Vital statistics of India. Vol. V, Reports of 1876 on armies & jails and on epidemic cholera
Year: 1876
Disease focus: Cholera
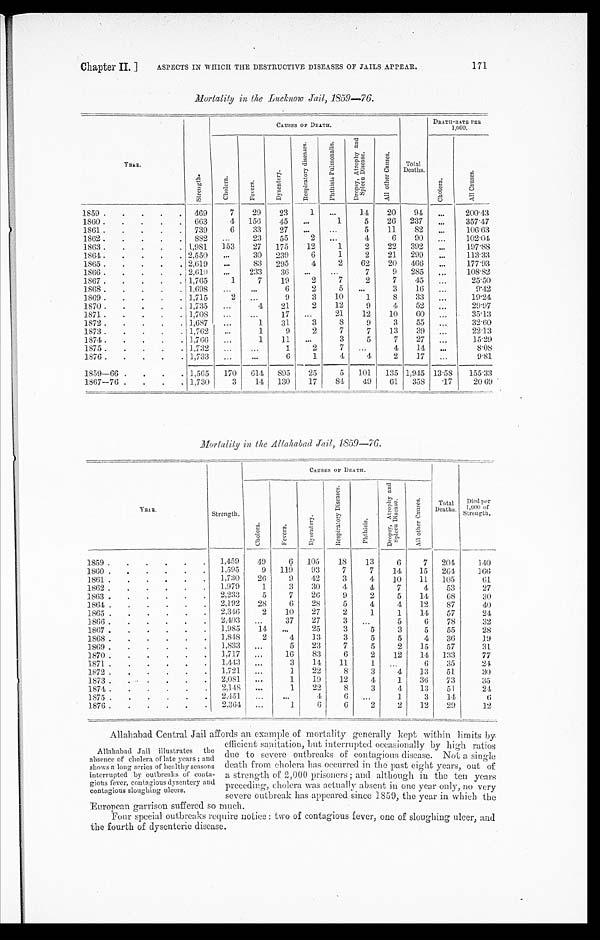
Chapter II. ]
ASPECTS IN WHICH THE DESTRUCTIVE DISEASES OF JAILS APPEAR.
171
Mortality in the Lucknow Jail, 1859—76.
YEAR.
CAUSES OF DEATH.
Total
Deaths.
DEATH-RATE PER
1,000.
Stren
gth.
Ch o l e r a .
Fever s.
Dy s e n t e r y .
R e s p i r a t o r y D i s e a s e s .
P h t h i s i s P u l m o n a l i s .
D r o p s y , A t r o p h y a n d S p l e e n D i s e a s e .
Al l o t h e r Ca u s e s .
C h o l e r a .
Al l causes.
1859.
.
.
.
.
.
469
7
29
23
1 ...
14
20
9 4
...
200.43
1860 .
.
.
.
.
663
4
156
45
...
1
5
26
237
...
357.47
1861 .
.
.
.
.
739
6
33
27
...
...
5
11
82
...
106.63
1862 .
.
.
.
.
882
...
23
55
2
...
4
6
90
...
102.04
1863 .
.
.
.
. 1,981
153
27
175
12
1
2
22
392
...
197.88
1864 .
.
.
.
. 2,550
...
30
239
6
1
2
21
299
...
113.33
1865.
.
.
.
. 2,619
...
83
295
4
2
62
20
466
...
177.93
1866 .
.
.
.
. 2,619
...
233
36
...
...
7
9
285
...
108.82
1867 .
.
.
.
. 1,765
1
7
19
2
7
2
7
45
...
25.50
1868 .
.
.
.
. 1,698
...
...
6
2
5
...
3
16
...
9.42
1869 .
.
.
.
. 1,715
2
...
9
3
10
1
8
3 3
...
19.24
1870.
.
.
.
. 1,735
...
4
21
2
12
9
4
52
...
29.97
1871 .
.
.
.
. 1,708
...
...
17
...
21
12
10
6 0
...
35.13
1872 .
.
.
.
. 1,687
, ..
1
31
3
8
9
3
55
...
32.60
1873.
.
.
.
. 1,762
...
1
9
2
7
7
13
39
...
22.13
1874.
.
.
.
. 1,766
...
1
11
...
3
5
7
27
...
15.29
1875 .
.
.
.
. 1,732
...
...
1
2
7
...
4
14
...
8.08
1876 .
.
.
.
. 1,733
...
...
6
1
4
4
2
17
...
9.81
1859-66 .
.
.
. 1,565
170
614 895
25
5
101
135 1,945 13.58
155.33
1867-76 .
.
.
. 1,730
3
14
130
17
84
49
61
358
. 1 7
20.69
M o r l a l i t y i n t h A l l a h a b a d J a i l , 1 8 5 9 — 7 6 .
YEAR.
CAUSES OF DEATH.
Died per
1,000 of Strength
Strength.
Chol er a.
Fever s.
Dy s e n t e r y .
R e s p i r a t o r y D i s e a s e s .
P h t h i s i s .
D r o p s y , A t r o p h y a n d S p l e e n D i s e a s e .
A l l o t h e r C a u s e s .
Total
Deaths..
1859 .
.
.
.
.
.
1,459
49
6
105
1 8
13
6
7
204
140
1860 .
.
.
.
.
.
1,595
9
119
93
7
7
14
15
264
1 6 6
1861 .
.
.
.
.
.
1,730
26
9
42
3
4
10
11
105
61
1862 .
.
.
.
.
.
1,979
1
3
30
4
4
7
4
53
27
1863 .
.
.
.
.
.
2,233
5
7
26
9
2
5
14
68
30
1864 .
. .
.
.
.
2,192
28
6
28
5
4
4
12
87
40
1865 .
.
.
.
.
.
2,346
2
10
27
2
1
1
14
57
24
1866 .
. .
.
.
.
2 , 4 0 3 ...
37
27
3
...
5
6
78
32
1867 .
.
.
.
.
.
1,985
14
...
25
3
5
3
5
55
28
1868 .
. .
.
.
.
1,848
2
4
13
3
5
5
4
36
19
1869 .
. .
.
.
.
1,833
...
5
23
7
5
2
15
57
31
1870 .
.
.
.
.
.
1,717
...
16
83
6
2
12
14
133
77
1871 .
.
.
.
.
.
1,443
...
3
14
11
1
...
6
35
24
1872.
1,721
...
1
22
8
3
4
13
51
30
1873 .
.
.
.
.
.
2,081
...
1
19
12
4
1
36
73
35
1874.
.
.
.
.
.
2,148
...
1
22
8
3
4
13
51
24
1875 .
.
.
.
.
.
2,451
...
...
4
6 ...
1
3
14
6
1876 .
.
.
.
.
2 , 3 6 4
...
1
6
6
2
2
12
29
1
12
Allahahad Central Jail affords an example of mortality generally kept within limits by.
Allahabad Jail illustrates the
absence of cholera of late years; and
shows a long series of healthy seasons
interrupted by outbreaks of conta-
gious fever, contagious dysentery and
contagious sloughing ulcers.
efficient sanitation, but interrupted occasionally by high ratios
due to severe outbreaks of Contagious disease. Not a single
death from cholera has occurred in the past eight years, out of
a strength of 2,000 prisoners; and although in the ten years
preceding, cholera was actually absent in one year only, no very
severe outbreak has appeared since 1859, the year in which the
European garrison suffered so much.
Four special outbreaks require notice : two of contagious lever, one of sloughing ulcer, and
the fourth of dysenteric disease.